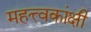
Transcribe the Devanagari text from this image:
महत्त्वकांक्षी